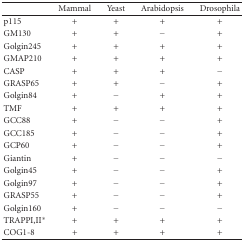
<table><thead><tr><td></td><td><b>Mammal</b></td><td><b>Yeast</b></td><td><b>Arabidopsis</b></td><td><b>Drosophila</b></td></tr></thead><tbody><tr><td>p115</td><td>+</td><td>+</td><td>+</td><td>+</td></tr><tr><td>GM130</td><td>+</td><td>+</td><td>−</td><td>+</td></tr><tr><td>Golgin245</td><td>+</td><td>+</td><td>+</td><td>+</td></tr><tr><td>GMAP210</td><td>+</td><td>+</td><td>+</td><td>+</td></tr><tr><td>CASP</td><td>+</td><td>+</td><td>+</td><td>−</td></tr><tr><td>GRASP65</td><td>+</td><td>+</td><td>−</td><td>+</td></tr><tr><td>Golgin84</td><td>+</td><td>−</td><td>+</td><td>+</td></tr><tr><td>TMF</td><td>+</td><td>+</td><td>+</td><td>+</td></tr><tr><td>GCC88</td><td>+</td><td>−</td><td>−</td><td>+</td></tr><tr><td>GCC185</td><td>+</td><td>−</td><td>−</td><td>+</td></tr><tr><td>GCP60</td><td>+</td><td>−</td><td>−</td><td>+</td></tr><tr><td>Giantin</td><td>+</td><td>−</td><td>−</td><td>−</td></tr><tr><td>Golgin45</td><td>+</td><td>−</td><td>−</td><td>+</td></tr><tr><td>Golgin97</td><td>+</td><td>−</td><td>−</td><td>+</td></tr><tr><td>GRASP55</td><td>+</td><td>−</td><td>−</td><td>+</td></tr><tr><td>Golgin160</td><td>+</td><td>−</td><td>−</td><td>−</td></tr><tr><td>TRAPPI,II*</td><td>+</td><td>+</td><td>+</td><td>+</td></tr><tr><td>COG1-8</td><td>+</td><td>+</td><td>+</td><td>+</td></tr></tbody></table>